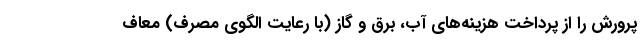
پرورش را از پرداخت هزینه‌های آب، برق و گاز (با رعایت الگوی مصرف) معاف